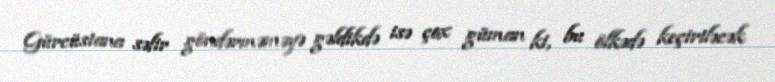
Gürcüstana səfir göndərməməyə gəldikdə isə çox güman ki, bu ölkədə keçiriləcək